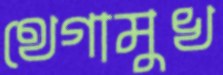
থেগামুখ